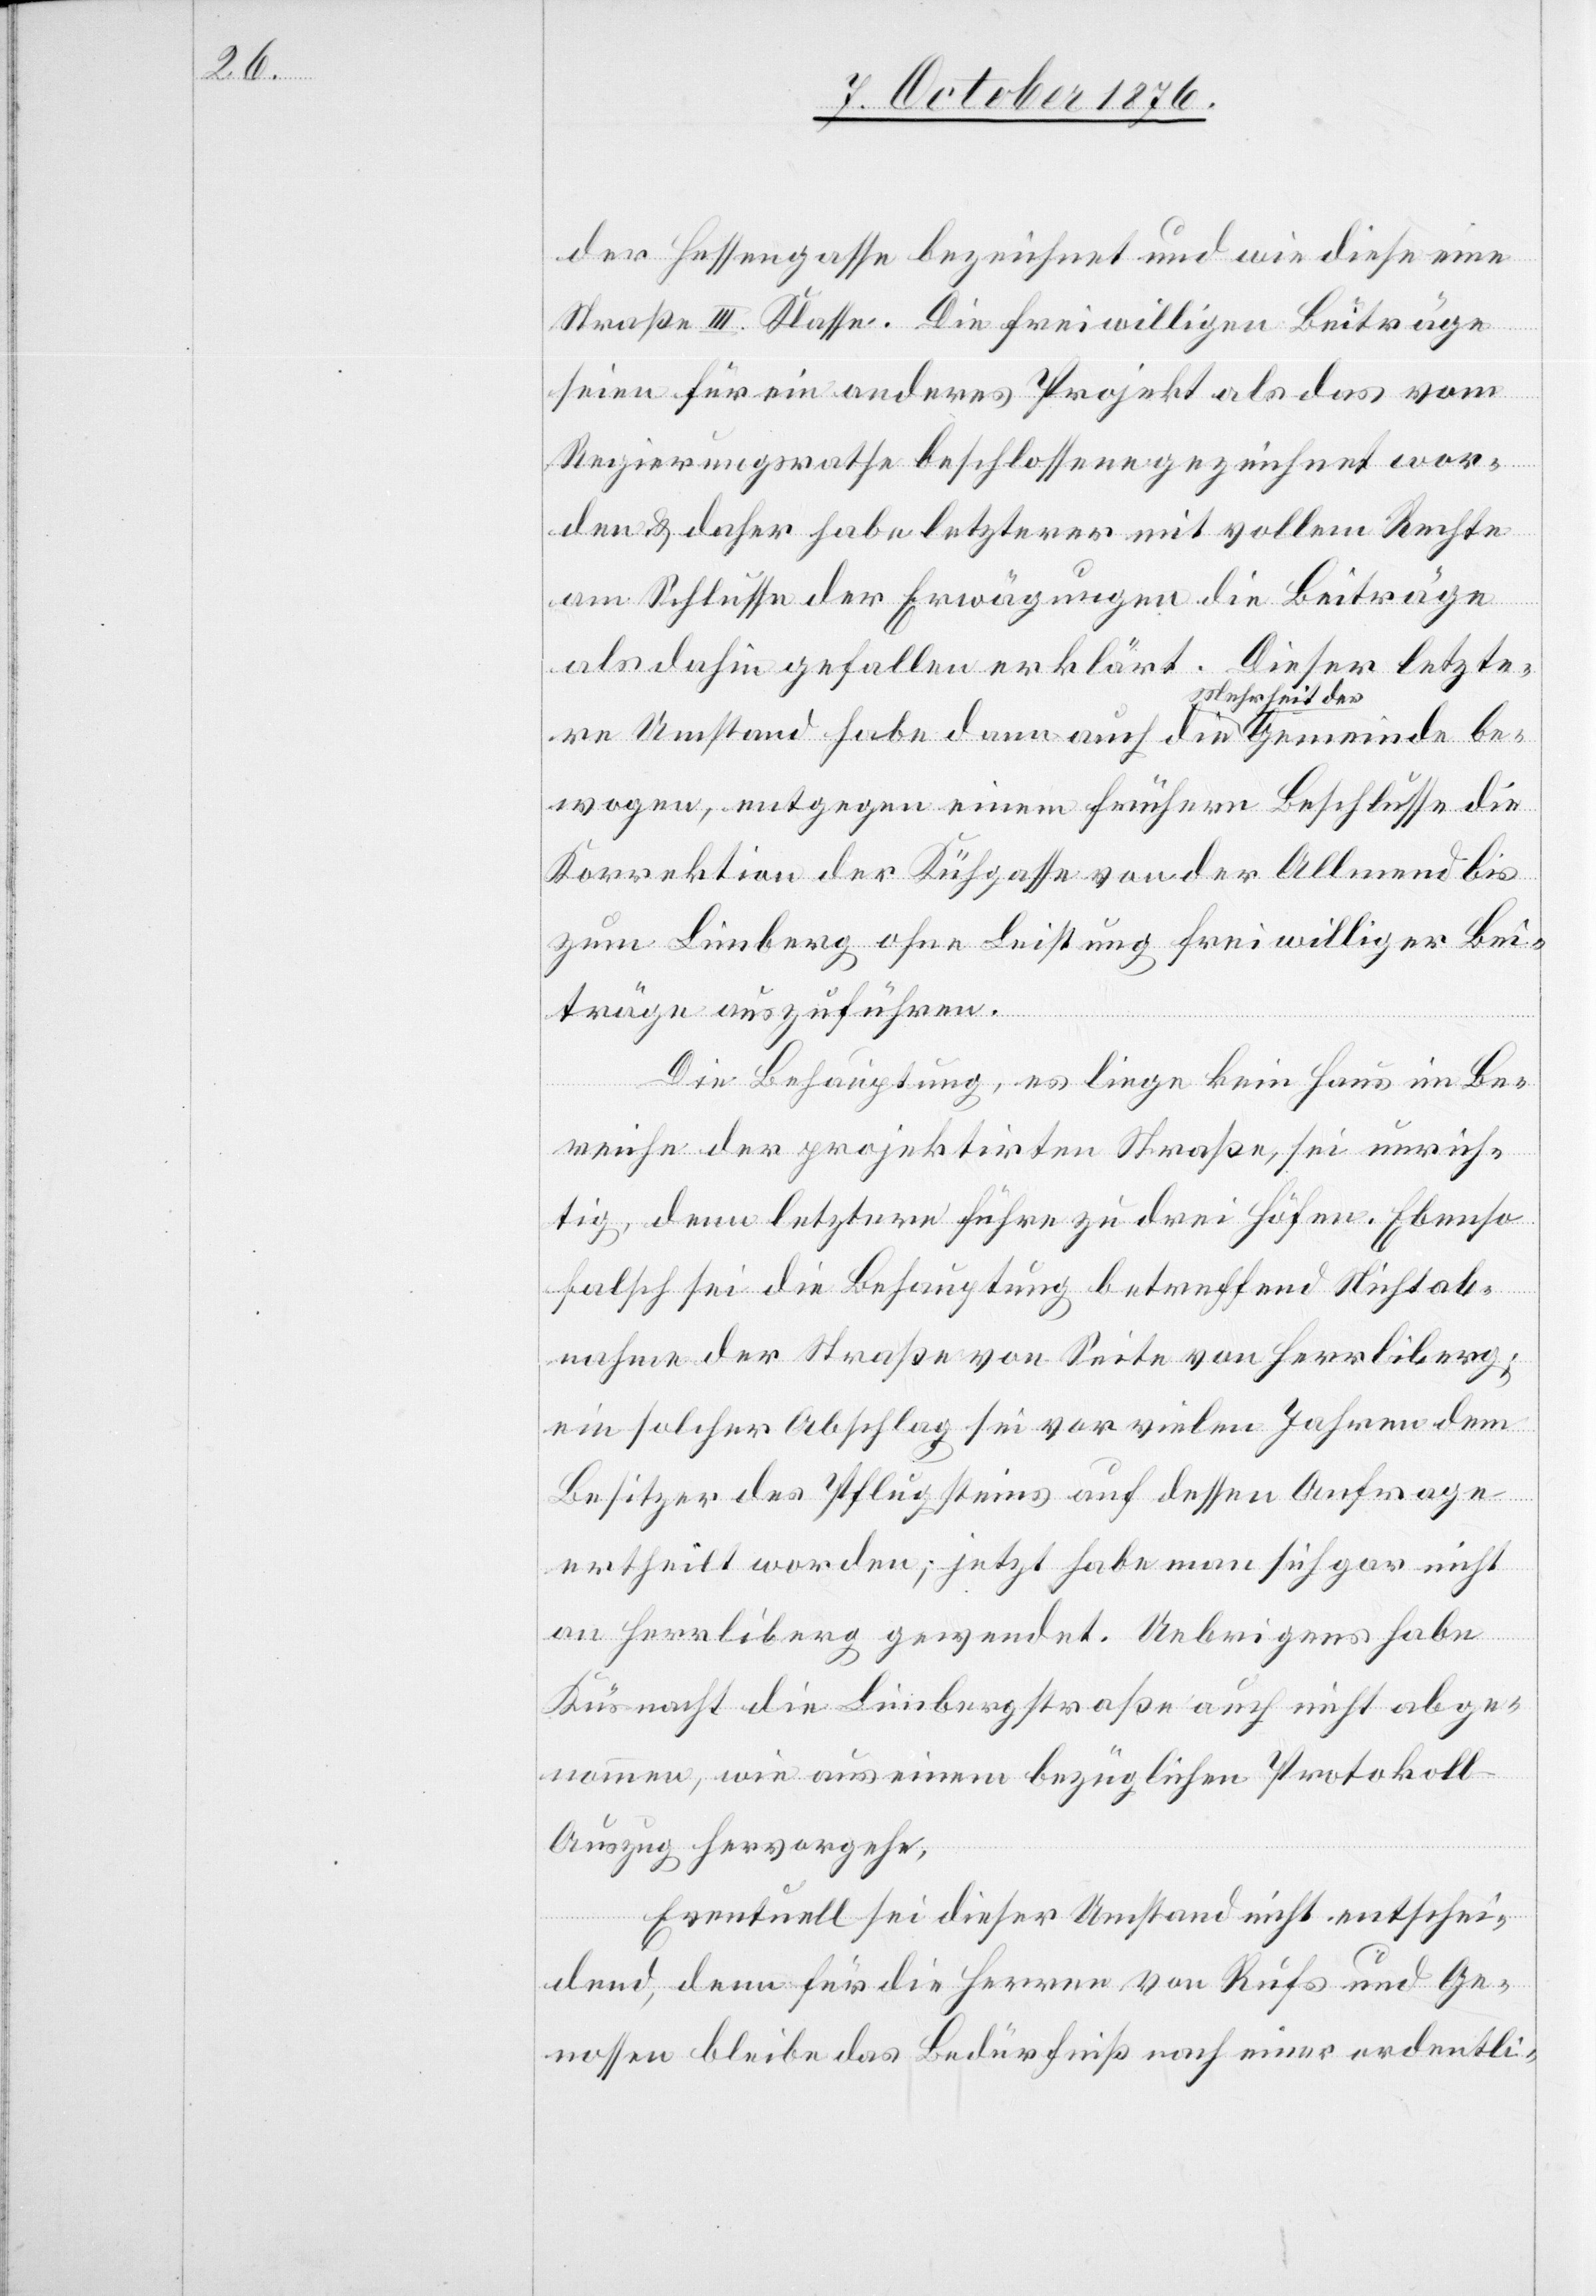
meinde

der Hessengasse bezeichnet und wie diese eine
Straße III. Klasse. Die freiwilligen Beiträge
seien für ein anderes Projekt als das vom
Regierungsrathe beschlossene gezeichnet wor¬
den & daher habe letzterer mit vollem Rechte
am Schlusse der Erwägungen die Beiträge
als dahin gefallen erklärt. Dieser letzte¬
re Umstand habe dann auch die Mehrheit der Ge¬
bewogen, entgegen einem frühern Beschlusse die
Korrektion der Kühgasse von der Allmend bis
zum Limberg ohne Leistung freiwilliger Bei¬
träge auszuführen.
Die Behauptung, es liege kein Haus im Be¬
reiche der projektirten Straße, sei unrich¬
tig, denn letztere führe zu drei Höfen. Ebenso
falsch sei die Behauptung betreffend Nichtab¬
nahme der Straße von Seite von Herrliberg;
ein solcher Abschlag sei vor vielen Jahren dem
Besitzer des Pflugsteins auf dessen Anfrage
ertheilt worden; jetzt habe man sich gar nicht
an Herrliberg gewendet. Uebrigens habe
Küsnacht die Limbergstraße auch nicht abge¬
nommen, wie aus einem bezüglichen Protokol¬
l-Auszug hervorgehe.
Eventuell sei dieser Umstand nicht entschei¬
dend, denn für die Herren von Rufs und Ge¬
nossen bleibe das Bedürfniß nach einer ordentli-